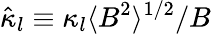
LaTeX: \hat{\kappa}_{l}\equiv\kappa_{l}\langle B^{2}\rangle^{1/2}/B